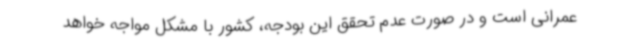
عمرانی است و در صورت عدم تحقق این بودجه، کشور با مشکل مواجه خواهد